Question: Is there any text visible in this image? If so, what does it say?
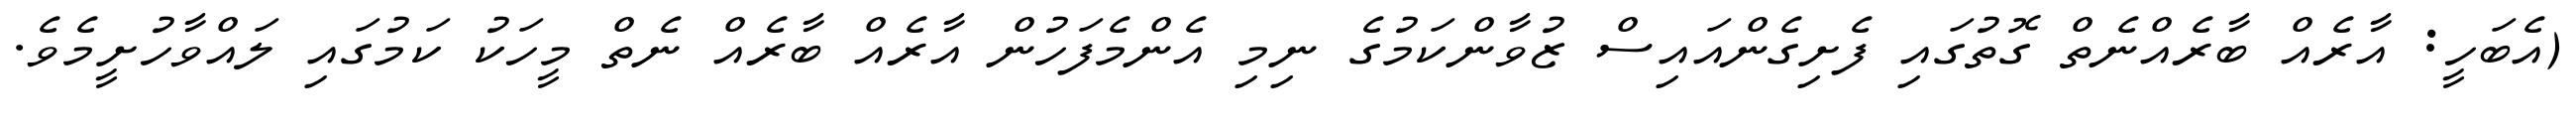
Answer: (އެބަހީ: އާރެއް ބާރެއްނެތް ގޮތުގައި ފެށިގެންއައިސް ޒުވާންކަމުގެ ނިމި އެންމެފަހުން އާރެއް ބާރެއް ނެތް މީހަކު ކަމުގައި ލައްވާހުށީމެވެ.